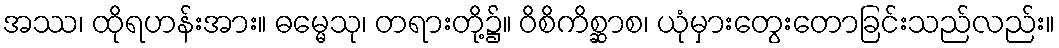
အဿ၊ ထိုရဟန်းအား။ ဓမ္မေသု၊ တရားတို့၌။ ဝိစိကိစ္ဆာစ၊ ယုံမှားတွေးတောခြင်းသည်လည်း။